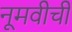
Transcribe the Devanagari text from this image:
नूमवीची